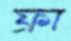
ফ্রা